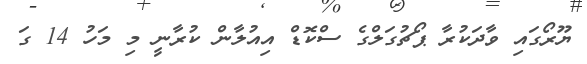
ޔޫރޯގައި ވާދަކުރާ ޕޯޗުގަލްގެ ސްކޮޑް އިއުލާން ކުރާނީ މި މަހު 14 ގަ